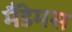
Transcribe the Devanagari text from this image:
मैंडेमस